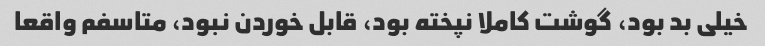
خیلی بد بود، گوشت کاملا نپخته بود، قابل خوردن نبود، متاسفم واقعا